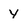
Character: Y